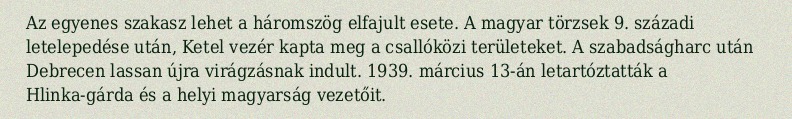
Az egyenes szakasz lehet a háromszög elfajult esete. A magyar törzsek 9. századi letelepedése után, Ketel vezér kapta meg a csallóközi területeket. A szabadságharc után Debrecen lassan újra virágzásnak indult. 1939. március 13-án letartóztatták a Hlinka-gárda és a helyi magyarság vezetőit.